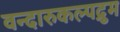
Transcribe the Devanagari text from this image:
वन्दारुकल्पद्रुम